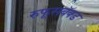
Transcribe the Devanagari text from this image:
रुफूसबॅक्ड